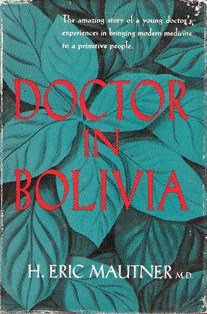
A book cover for Doctor in Bolivia; Herman Eric Mautner; Medical Books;